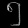
Digit: ၅